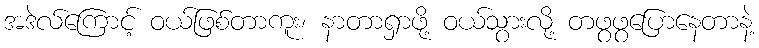
အဒဲလ်ကြောင့် ဝယ်ဖြစ်တာကူး၊ နာတာရှာဖို့ ဝယ်သွားလို့ တဖွဖွပြောနေတာနဲ့